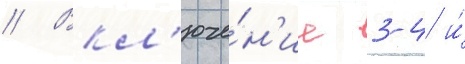
// Вкл'юче́н'ие 3-4 и́